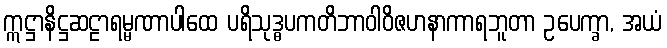
ဣဋ္ဌာနိဋ္ဌဆဠာရမ္မဏာပါထေ ပရိသုဒ္ဓပကတိဘာဝါဝိဇဟနာကာရဘူတာ ဥပေက္ခာ, အယံ